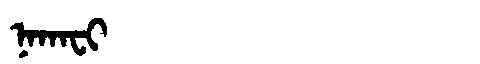
Manchu: ᠨᠠᡴᠠᠸᡳ
Romanization: NAKAFI